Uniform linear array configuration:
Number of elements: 32
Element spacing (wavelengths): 1
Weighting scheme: binomial
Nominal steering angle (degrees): -30
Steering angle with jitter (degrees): -30.362
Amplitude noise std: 0.05
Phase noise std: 0.05

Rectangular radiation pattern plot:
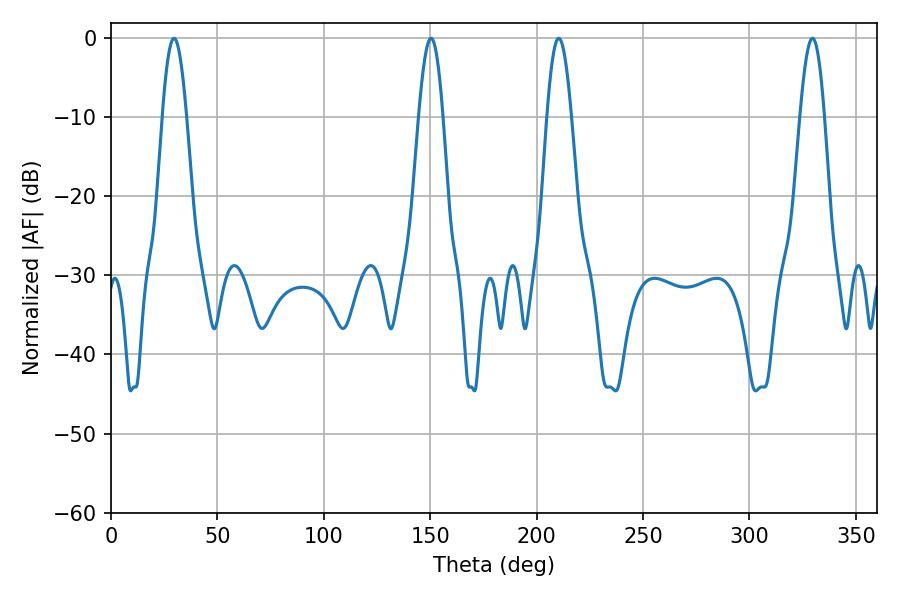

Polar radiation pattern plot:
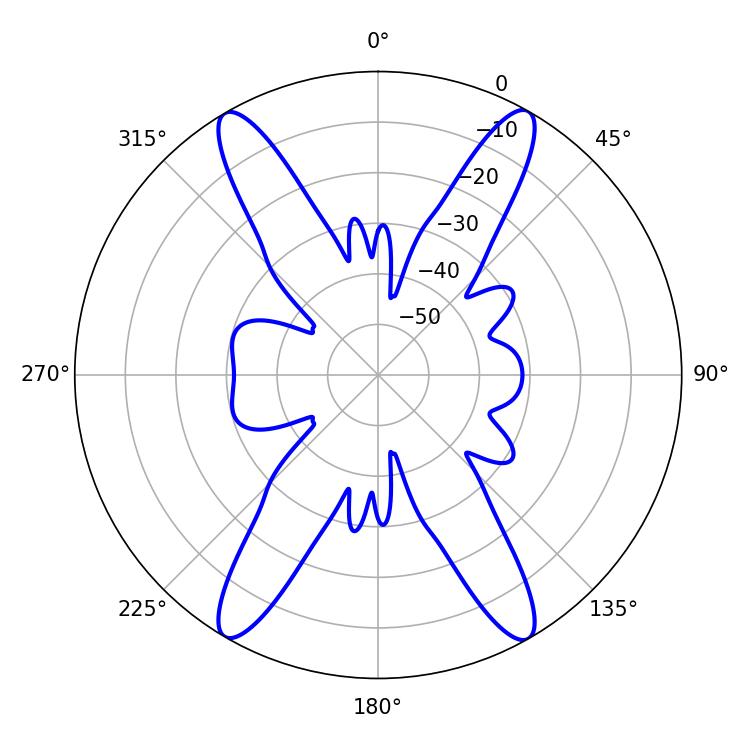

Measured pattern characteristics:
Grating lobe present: TRUE
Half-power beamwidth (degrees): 6.12
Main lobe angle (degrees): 210.42